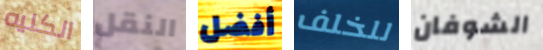
الكليه النقل أفضل للخلف الشوفان